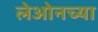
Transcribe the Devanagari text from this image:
लेओनच्या